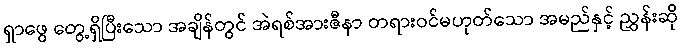
ရှာဖွေ တွေ့ရှိပြီးသော အချိန်တွင် အဲရစ်အားဇီနာ တရားဝင်မဟုတ်သော အမည်နှင့် ညွှန်းဆို